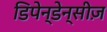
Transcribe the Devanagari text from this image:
डिपेन्डेन्सीज़